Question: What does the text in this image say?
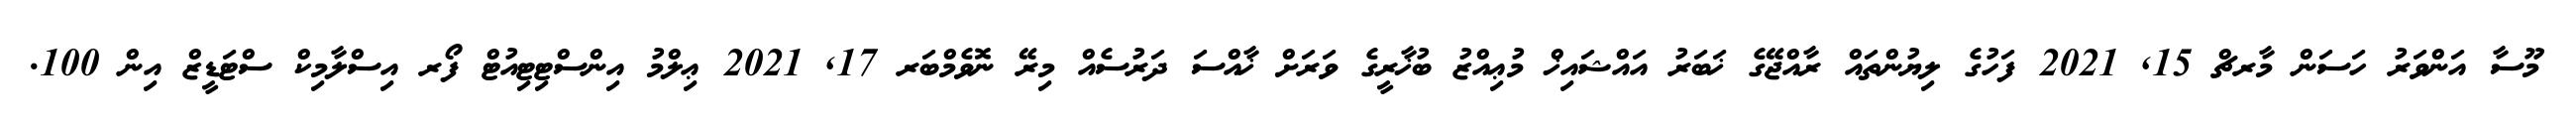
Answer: މޫސާ އަންވަރު ހަސަން މާރޗް 15, 2021 ފަހުގެ ލިޔުންތައް ރާއްޖޭގެ ޚަބަރު އައްޝައިޚް މުޢިއްޒު ބުޚާރީގެ ވަރަށް ޚާއްސަ ދަރުސެއް މިރޭ ނޮވެމްބަރ 17, 2021 ޢިލްމު އިންސްޓިޓިއުޓް ފޯރ އިސްލާމިކް ސްޓަޑީޒް އިން 100.